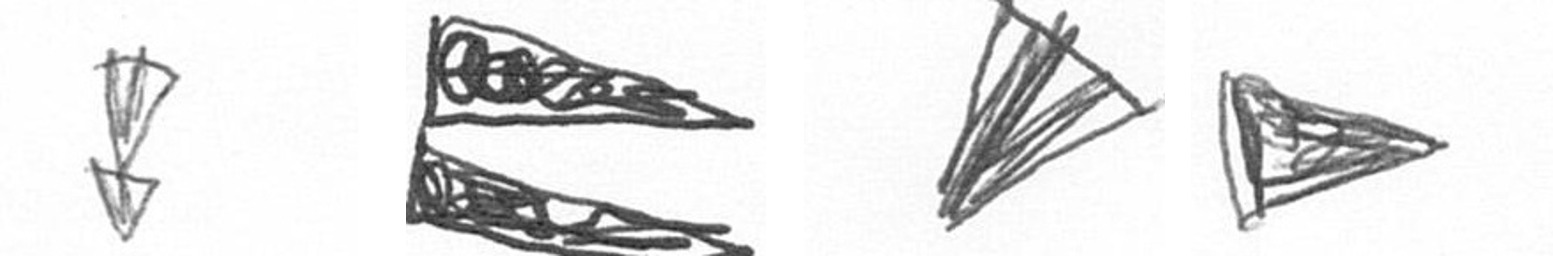
Z P O T